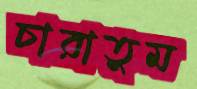
চারাতুম